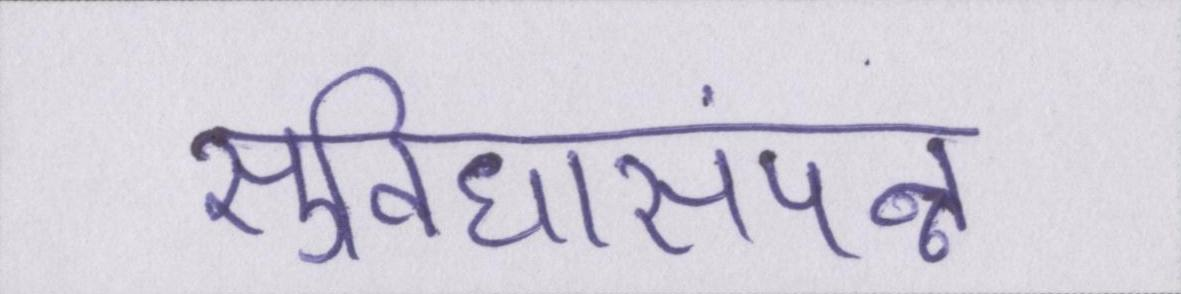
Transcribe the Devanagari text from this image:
सुविधासंपन्न